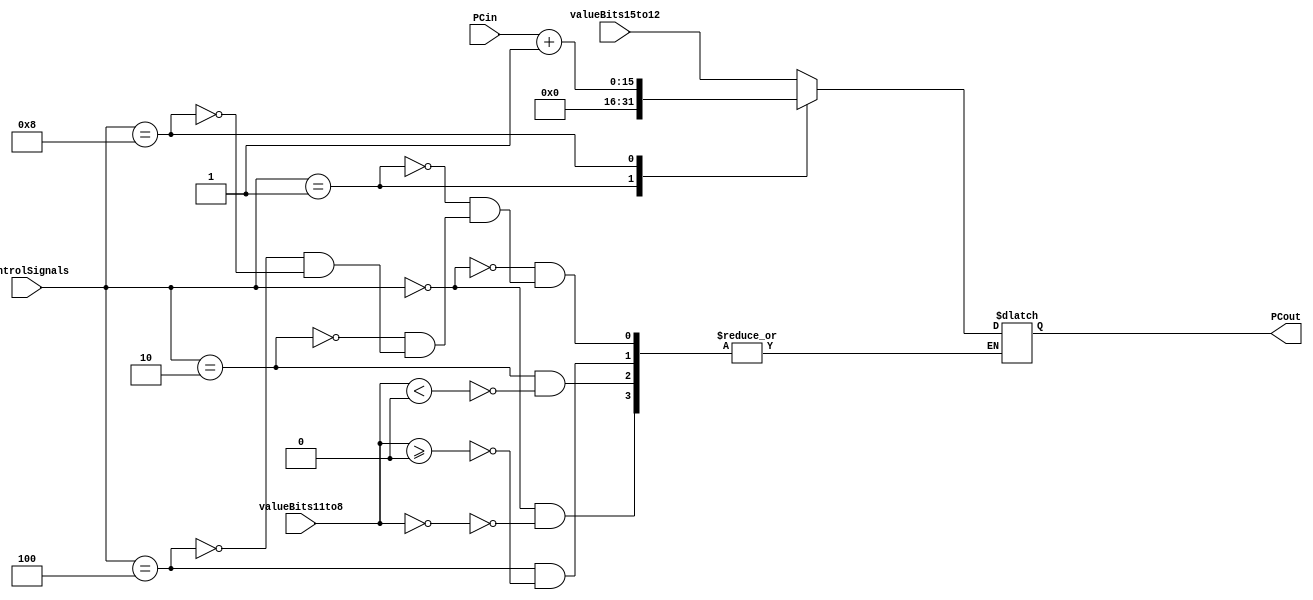
`timescale 1ns / 1ps
//////////////////////////////////////////////////////////////////////////////////
// Company: Auburn University ELEC5200
// 
// Design Name: CPU Project Part 3
// Module Name: branchUnit
//////////////////////////////////////////////////////////////////////////////////


module branchUnit(
    input [3:0] controlSignals,
    input [15:0] PCin,
    input [15:0] valueBits11to8,
    input [15:0] valueBits15to12,
    output reg [15:0] PCout
    );
    
    always @(*)
        case(controlSignals)
            4'b0000:        //beq
                begin
                    if (valueBits11to8 == 0)
                        begin
                            PCout <= valueBits15to12;
                        end
                end
        
            4'b0001:        //halt function
                begin
                    PCout <= 0;
                end

            4'b0010:        //blt
                begin
                    if (valueBits11to8 < 0)
                        begin
                            PCout <= valueBits15to12;
                        end
                end
            
            4'b0100:        //bge
                begin
                    if (valueBits11to8 >= 0)
                        begin
                            PCout <= valueBits15to12;
                        end
                end
            
            
            4'b1000:        //base case, increment PC
                begin
                    PCout <= PCin + 1;
                end

            endcase
        
    
endmodule